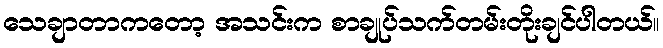
သေချာတာကတော့ အသင်းက စာချုပ်သက်တမ်းတိုးချင်ပါတယ်။